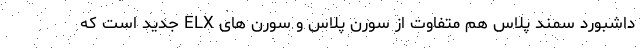
داشبورد سمند پلاس هم متفاوت از سورن پلاس و سورن های ELX جدید است که